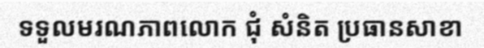
ទទួលមរណភាពលោក ជុំ សំនិត ប្រធានសាខា